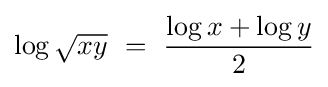
\log {\sqrt {xy}}\ =\ {\frac {\log x+\log y}{2}}